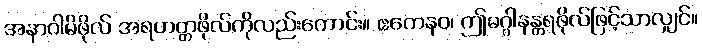
အနာဂါမိဖိုလ် အရဟတ္တဖိုလ်ကိုလည်းကောင်း။ ဧတေနဝ၊ ဤမဂ္ဂါနန္တရဖိုလ်ဖြင့်သာလျှင်။